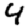
Digit: 4